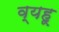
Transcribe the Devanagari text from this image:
व्यहू